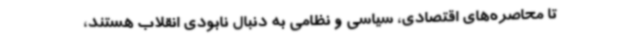
تا محاصره‌های اقتصادی، سیاسی و نظامی به دنبال نابودی انقلاب هستند،